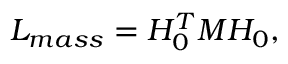
{ \cal L } _ { m a s s } = { \cal H } _ { 0 } ^ { T } M { \cal H } _ { 0 } ,